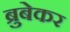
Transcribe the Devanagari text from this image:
ब्रुबेकर